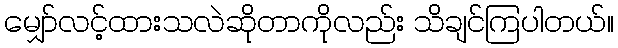
မျှော်လင့်ထားသလဲဆိုတာကိုလည်း သိချင်ကြပါတယ်။